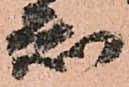
知